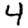
Digit: 4